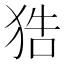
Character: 𤞺